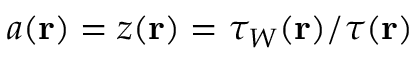
a ( \mathbf { r } ) = z ( \mathbf { r } ) = \tau _ { W } ( \mathbf { r } ) / \tau ( \mathbf { r } )